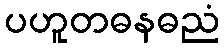
ပဟူတဓနဓညံ